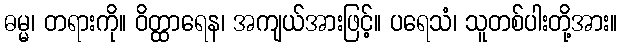
ဓမ္မ၊ တရားကို။ ဝိတ္ထာရေန၊ အကျယ်အားဖြင့်။ ပရေသံ၊ သူတစ်ပါးတို့အား။